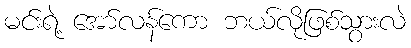
မင်းရဲ့ အော်လန်ကော ဘယ်လိုဖြစ်သွားလဲ